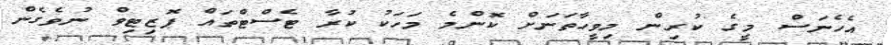
އެހެނަސް މީގެ ކުރިން މިވީހާތަނަށް ކޮންމެ މަހަކު ކުރާ ޓެސްޓްތައް ޕޮޒިޓިވް ނުވެގެން